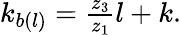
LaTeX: \begin{array}{r}{k_{b(l)}=\frac{z_{3}}{z_{1}}l+k.}\end{array}